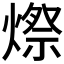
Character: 𪹥